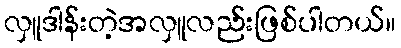
လှူဒါန်းတဲ့အလှူလည်းဖြစ်ပါတယ်။